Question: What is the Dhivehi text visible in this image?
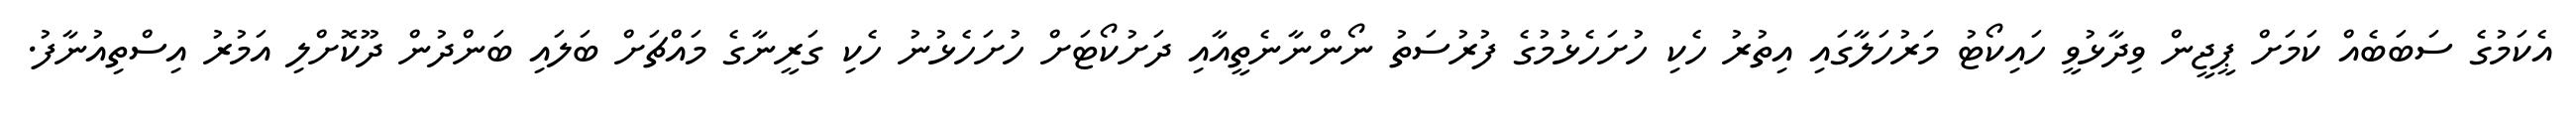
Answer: އެކަމުގެ ސަބަބެއް ކަމަށް ޕީޖީން ވިދާޅުވީ ހައިކޯޓު މަރުހަލާގައި އިތުރު ހެކި ހުށަހެޅުމުގެ ފުރުސަތު ނޯންނާނެތީއާއި ދަށުކޯޓަށް ހުށަހެޅުނު ހެކި ގަރީނާގެ މައްޗަށް ބަލައި ބަންދުން ދޫކޮށްލި އަމުރު އިސްތިއުނާފު.